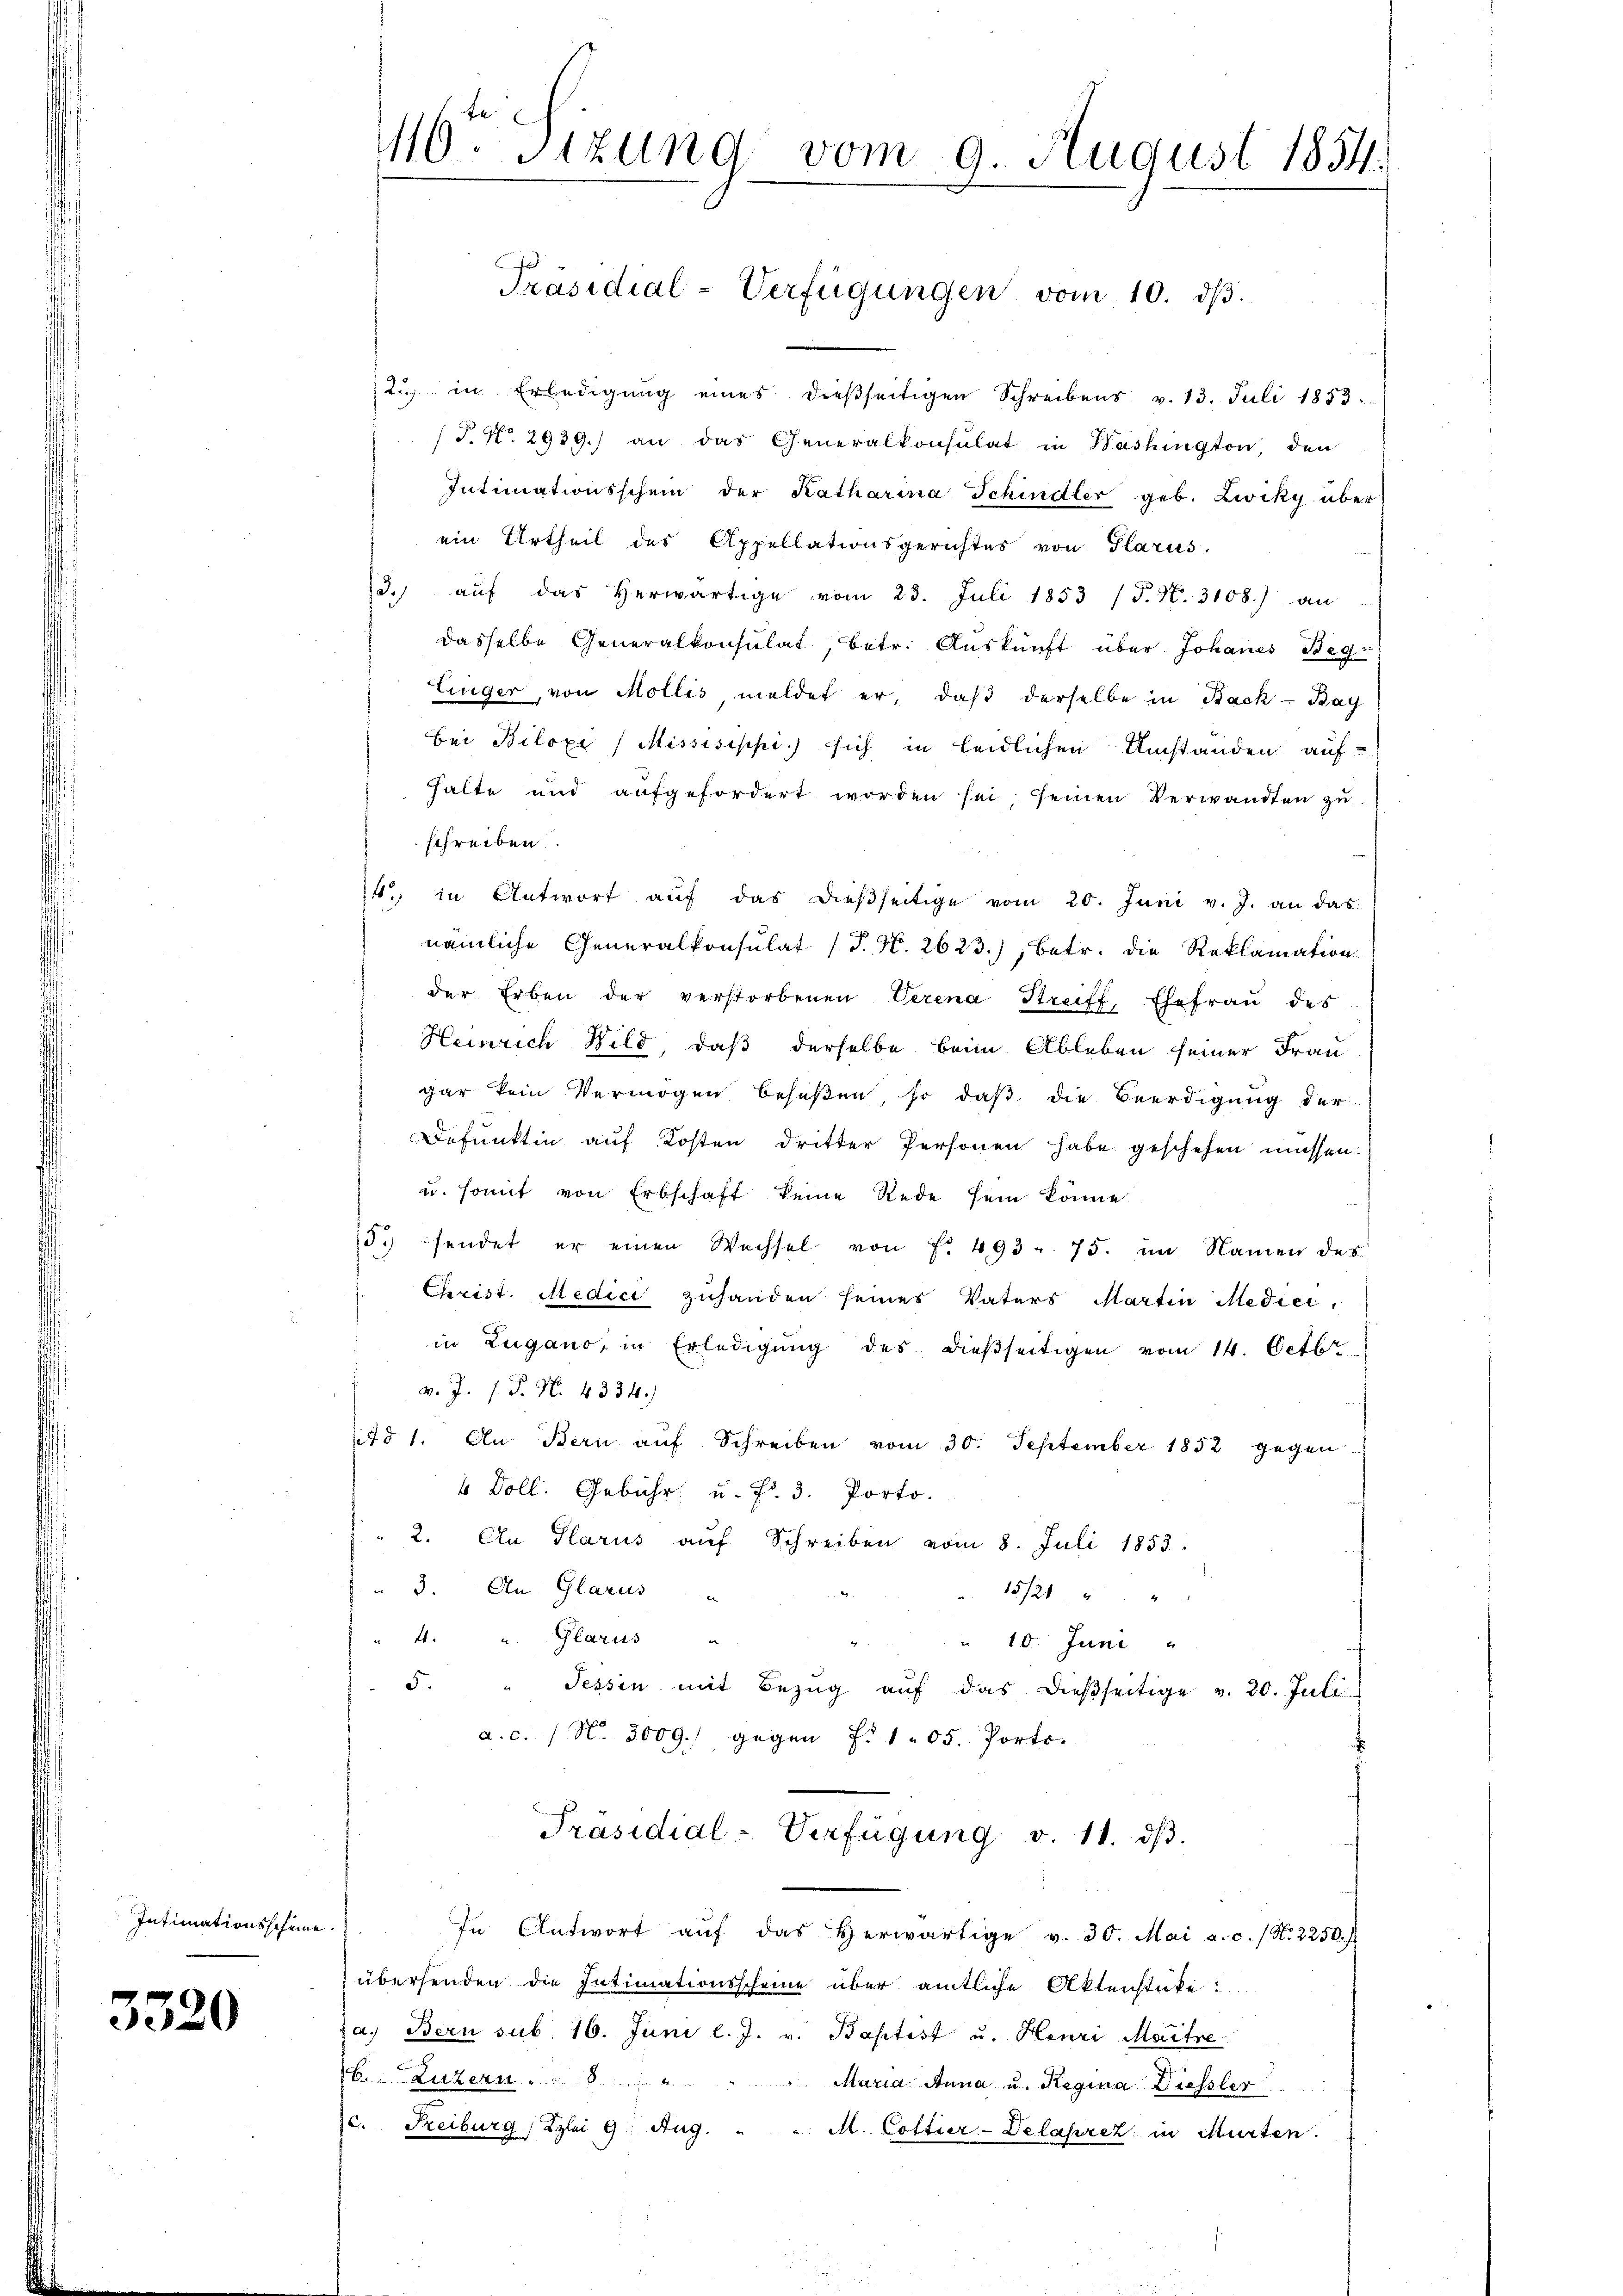
Intimationsscheine.

3320

16ten Sizung vom 9. August 1854.

Präsidial-Verfügungen vom 10. dβ.

2. in Erledigŭng eines dieβseitigen Schreibens v. 13. Juli 1853.
/J. No. 2939.) an das Generalkonsulat in Washington, den
Intimationsschein der Katharina Schindler geb. Zwiky über
ein Urtheil des Appellationsgerichtes von Glarus.
/3. aŭf das herwärtige vom 23. Juli 1853 (T. N. 3108.) an
dasselbe Generalkonsulat, betr. Aŭskŭnft über Johannes Beg
linger, von Mollis meldet er, daß derselbe in Back - Bay
Bei Bilozi (Missisippi.) sich in leidlichen Umständen auf-
halte und aufgefordert worden sei seinen Verwandten zu
schreiben.
14. in Antwort aŭf das dießseitige vom 20. Juni v. J. an das
nämliche Generalkonsulat (T. N. 2623), betr. die Reklamation
der Erben der verstorbenen Verena Streiff, Ehefrau des
Heinrich Wild, daß derselbe beim Ableben seiner Frau
gar kein Vermögen beseßen, so daß die Beerdigung der
Defunktin auf Kosten dritter Personen habe geschehen müssen.
u. somit von Erbschaft keine Rede sein könne.
5. sendet er einen Wechsel von Fr. 493 u. 75. im Namen des
Christ. Medici zuhanden seines Vaters Martin Medici,
in Zugano, in Erledigung des dießseitigen vom 14. Octbr
v. J. J. P. N. 4334.
d 1. An Bern aŭf Schreiben vom 30. September 1852 gegen
6 Doll. Gebühr, u. fr. 3. Porto.
2. An Glarus aŭf Schreiben vom 8. Juli 1853.
 3. An Glarus
15721 " "
4. " Glarus
 10. Juni
5.
Tessin mit Bezŭg aŭf das dießseitige v. 20. Juli
a. c. / N. 3009.) gegen Fr. 105. Porto.
Präsidial-Verfügung v. 11. dβ.
In Antwort aŭf das herwärtige v. 30. Mai a.c. (N. 2250.
übersenden die Intimationsscheine über amtliche Aktenstüke:
a. Bern sub. 16. Juni l. J. v. Baptist u. Henri Maitre:
b. Luzern
"Maria Anna u. Regina Diessler
2. Freiburg) Zzlei 9. Aug. " " M. Cottier-Delaprez in Murten.